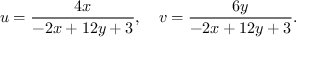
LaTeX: u = { \frac { 4 x } { - 2 x + 1 2 y + 3 } } , \quad v = { \frac { 6 y } { - 2 x + 1 2 y + 3 } } .